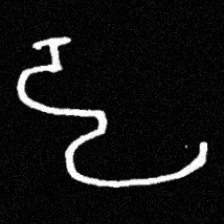
Pyu character \u2014 Myanmar letter: ဠ (romanized: lla)